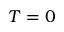
T = 0